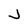
Character: J